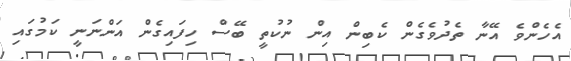
އެހެންވެ އޭނާ ތެދުވެގެން ކެބިން އިން ނުކުތީ ބޭސް ހިފައިގެން އަންނަނީ ކަމުގައި